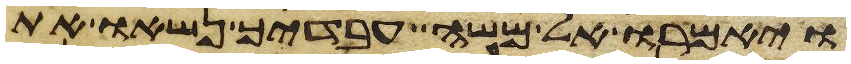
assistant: ויאמרו אל משה עבדיך נשאו את